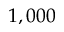
1 , 0 0 0